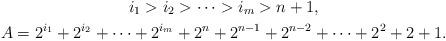
LaTeX: \begin{gather*} i_1>i_2 > \cdots > i_m > n+1, \\A = 2^{i_1} + 2^{i_2} + \cdots + 2^{i_m}+ 2^n+2^{n-1} + 2^{n-2} + \cdots + 2^2+ 2+1.\end{gather*}